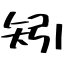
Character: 矧